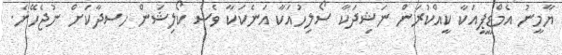
ޔާމީނު އެމްޑީޕީއަކާ ކީއްކުރަން ނަޝިދަކާ ސޯލިހުއަކާ އަނެކަކާ ވެސް ކޯލިޝަން ހސދާކަށް ނުޖެހޭނެ.